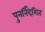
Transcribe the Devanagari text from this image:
पुनर्निदेशित